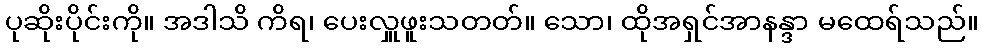
ပုဆိုးပိုင်းကို။ အဒါသိ ကိရ၊ ပေးလှူဖူးသတတ်။ သော၊ ထိုအရှင်အာနန္ဒာ မထေရ်သည်။